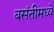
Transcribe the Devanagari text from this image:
बसंतीमध्ये